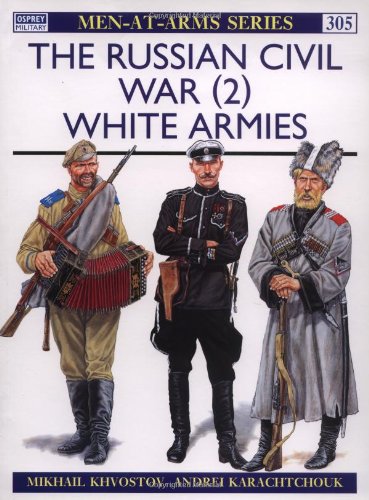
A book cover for The Russian Civil War (2): White Armies (Men-at-Arms) (v. 2); Mikhail Khvostov; History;